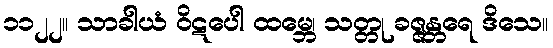
၁၁၂၂။ သာခါယံ ဝိဋပေါ ထမ္ဘေ၊ သတ္တု ခဇ္ဇန္တရေ ဒိသေ။